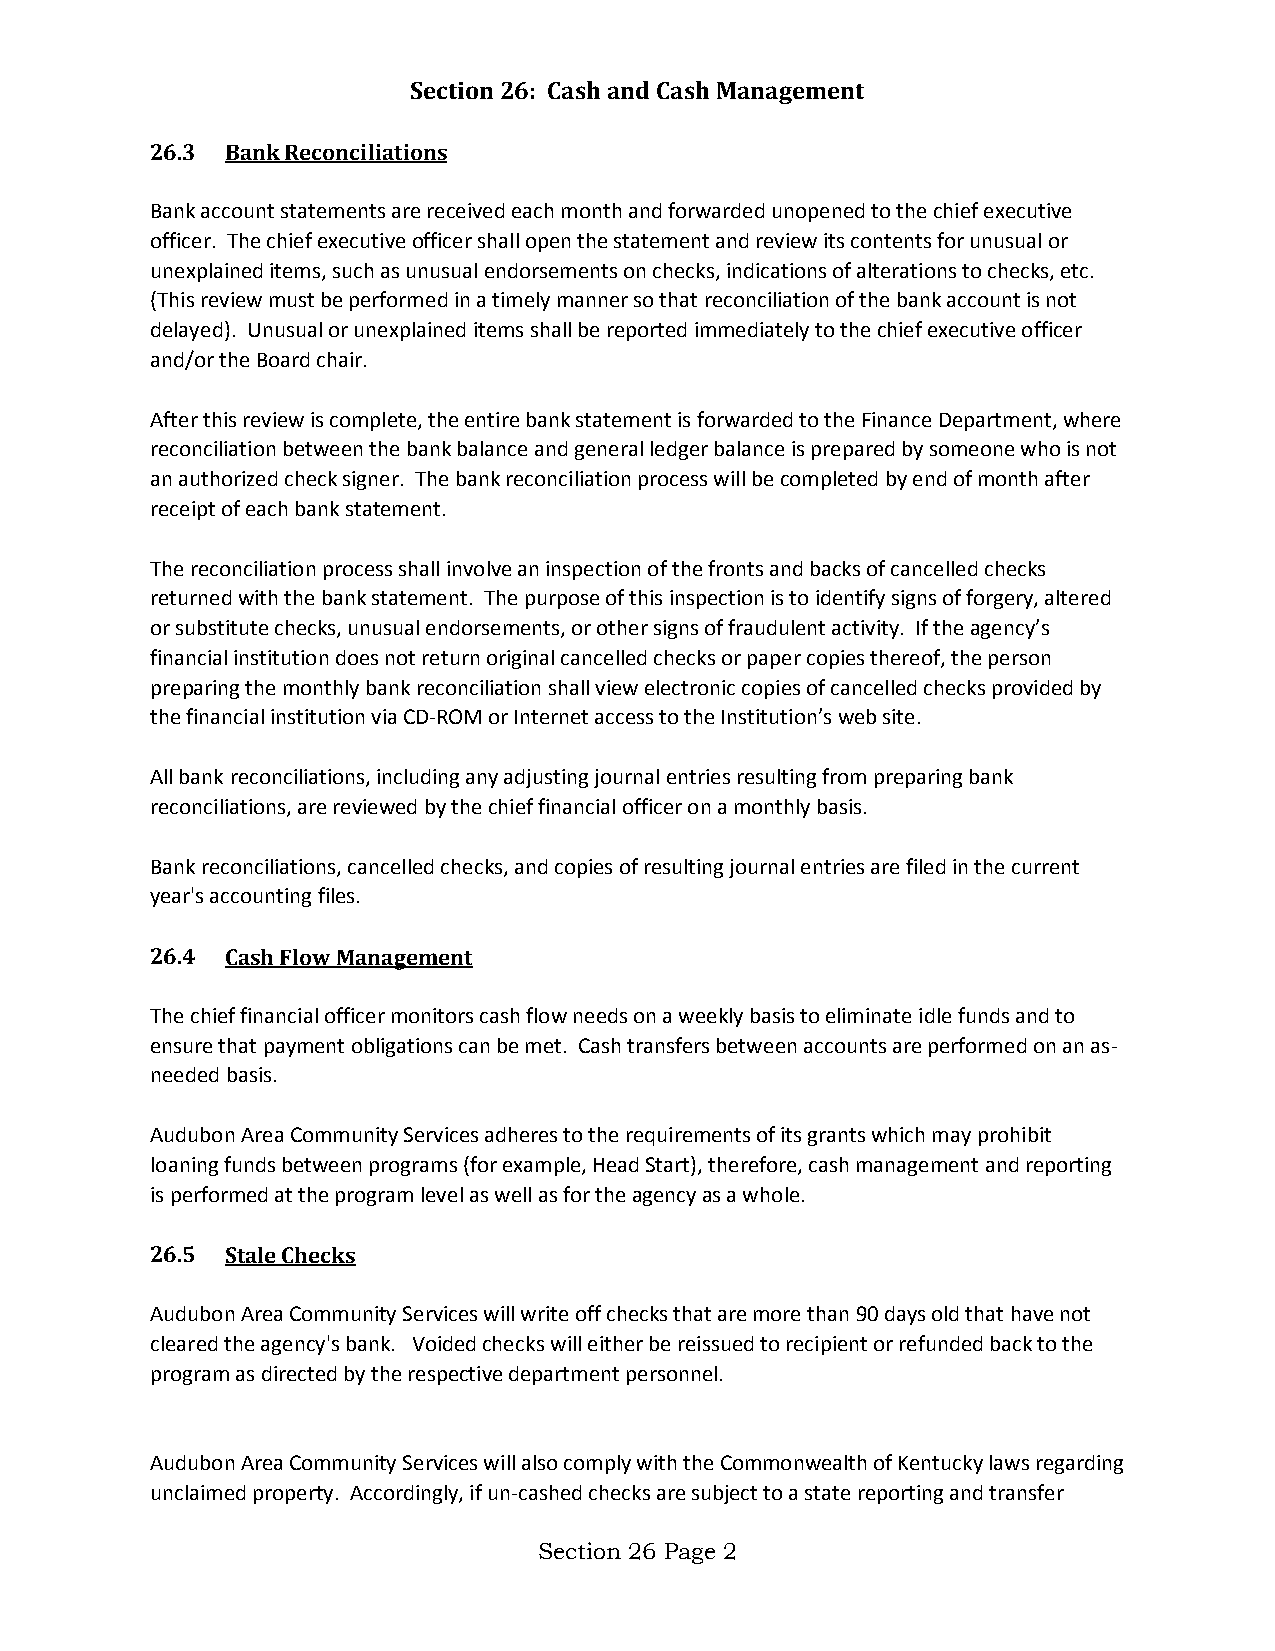
Section 26: Cash and Cash Management
 26.3 Bank Reconciliations
 Bank account statements are received each month and forwarded unopened to the chief executive
 officer. The chief executive officer shall open the statement and review its contents for unusual or
 unexplained items, such as unusual endorsements on checks, indications of alterations to checks, etc.
 (This review must be performed in a timely manner so that reconciliation of the bank account is not
 delayed). Unusual or unexplained items shall be reported immediately to the chief executive officer
 and/or the Board chair.
 After this review is complete, the entire bank statement is forwarded to the Finance Department, where
 reconciliation between the bank balance and general ledger balance is prepared by someone who is not
 an authorized check signer. The bank reconciliation process will be completed by end of month after
 receipt of each bank statement.
 The reconciliation process shall involve an inspection of the fronts and backs of cancelled checks
 returned with the bank statement. The purpose of this inspection is to identify signs of forgery, altered
 or substitute checks, unusual endorsements, or other signs of fraudulent activity. If the agency’s
 financial institution does not return original cancelled checks or paper copies thereof, the person
 preparing the monthly bank reconciliation shall view electronic copies of cancelled checks provided by
 the financial institution via CD-ROM or Internet access to the Institution’s web site.
 All bank reconciliations, including any adjusting journal entries resulting from preparing bank
 reconciliations, are reviewed by the chief financial officer on a monthly basis.
 Bank reconciliations, cancelled checks, and copies of resulting journal entries are filed in the current
 year's accounting files.
 26.4 Cash Flow Management
 The chief financial officer monitors cash flow needs on a weekly basis to eliminate idle funds and to
 ensure that payment obligations can be met. Cash transfers between accounts are performed on an as-
 needed basis.
 Audubon Area Community Services adheres to the requirements of its grants which may prohibit
 loaning funds between programs (for example, Head Start), therefore, cash management and reporting
 is performed at the program level as well as for the agency as a whole.
 26.5 Stale Checks
 Audubon Area Community Services will write off checks that are more than 90 days old that have not
 cleared the agency's bank. Voided checks will either be reissued to recipient or refunded back to the
 program as directed by the respective department personnel.
 Audubon Area Community Services will also comply with the Commonwealth of Kentucky laws regarding
 unclaimed property. Accordingly, if un-cashed checks are subject to a state reporting and transfer
 Section 26 Page 2